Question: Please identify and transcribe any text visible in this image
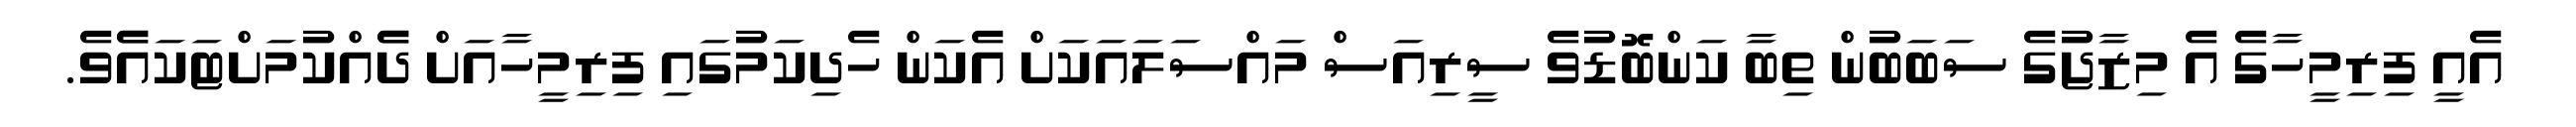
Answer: އެއީ ފިރިމީހާގެ އެ މިޒާޖުގެ ސަބަބުން ތިބާ ކަންބޮޑުވެ ސީރިއަސް މައްސަލައަކަށް އެކަން ހެދިކަމުގައި ފިރިމީހާއަށް ދެެއްކުމަށްޓަކައެެވެ.